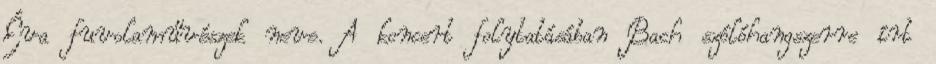
Éva fuvolaművészek neve. A koncert folytatásában Bach szólóhangszerre írt